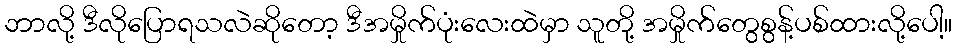
ဘာလို့ ဒီလိုပြောရသလဲဆိုတော့ ဒီအမှိုက်ပုံးလေးထဲမှာ သူတို့ အမှိုက်တွေစွန့်ပစ်ထားလို့ပေါ့။